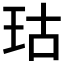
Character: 𪻕